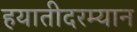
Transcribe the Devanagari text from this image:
हयातीदरम्यान